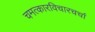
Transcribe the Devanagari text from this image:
चमत्कारविचारचर्चा